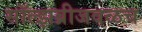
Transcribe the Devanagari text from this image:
सॉल्झब्रीजवळच